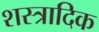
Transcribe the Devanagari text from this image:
शस्त्रादिक